NAE_ERA_R-2324_Eesti_Vabariigi_Pohiseaduslik_Assamblee, lk 311
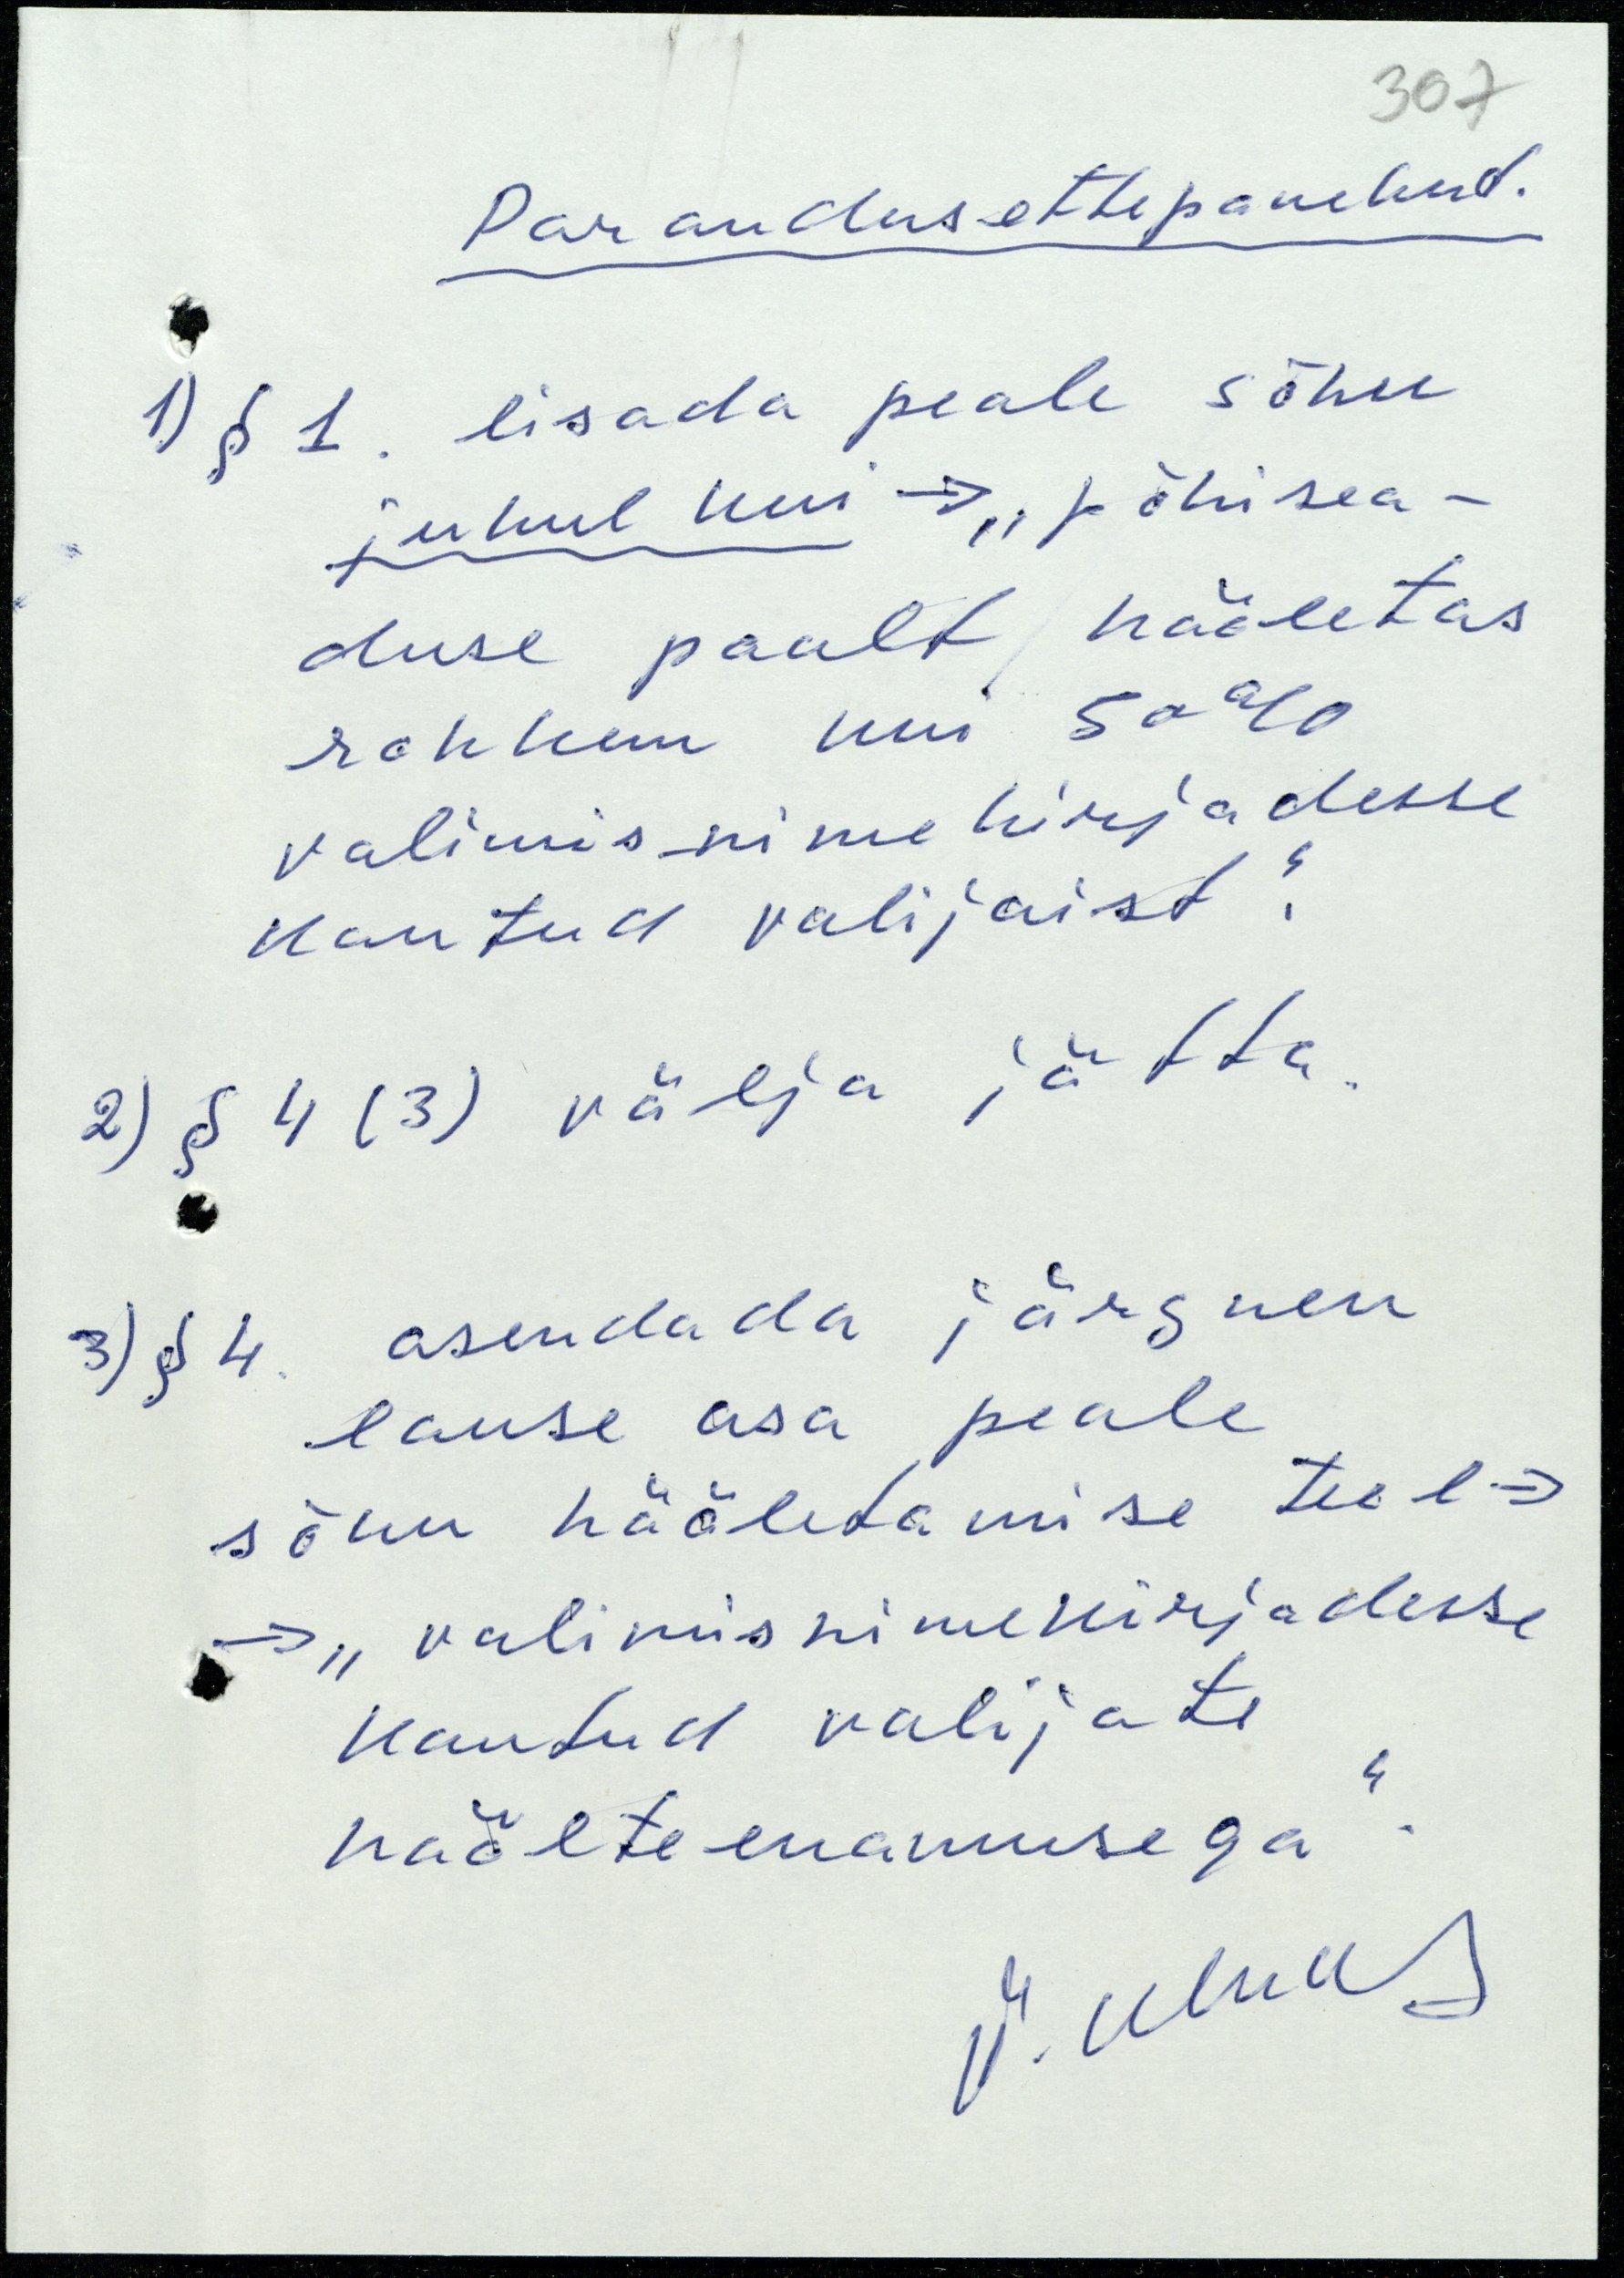
Parandusettepanekud.
1) § 1. lisada peale sõnu
juhul kui -> "põhisea-
duse poolt hääletas
rohkem kui 50%
valimisnimekirjadesse
kantud valijaist".
2) § 4 (3) välja jätta.
3) § 4. asendada järgnev
lause osa peale
sõnu hääletamise teel ->
-> "valimisnimekirjadesse
kantud valijate
häälteenamusega".